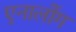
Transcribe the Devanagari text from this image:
एनालोंग